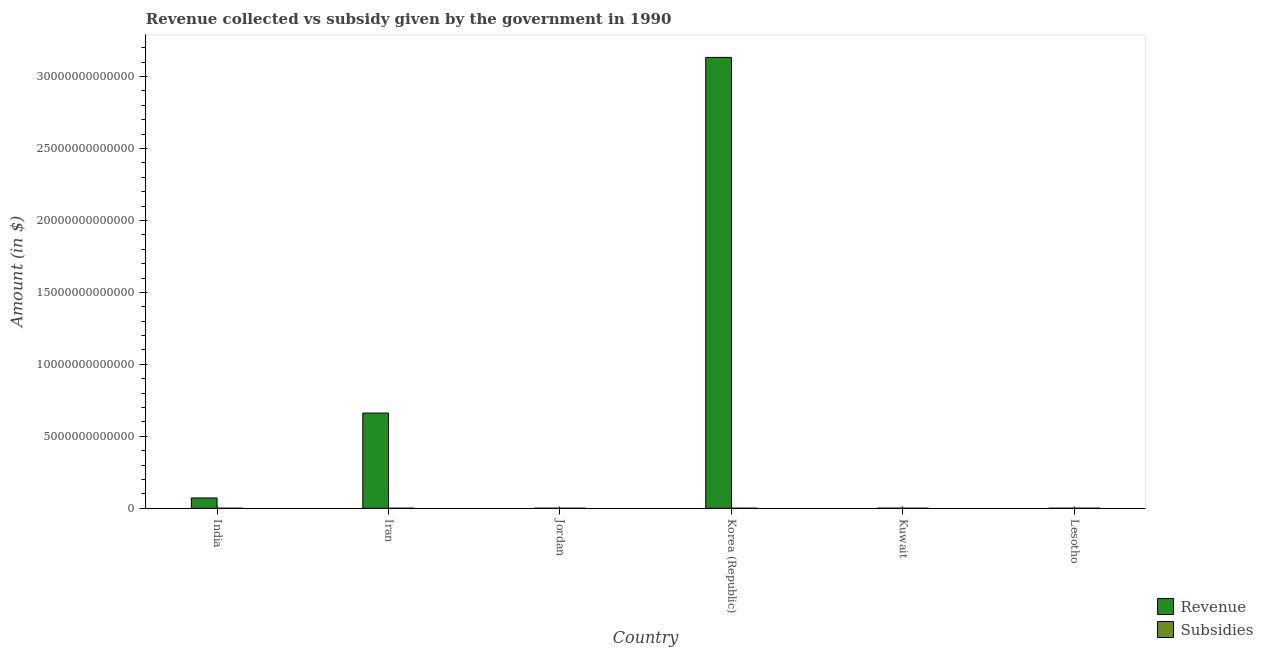
| Country | Revenue | Subsidies |
 | --- | --- | --- |
 | India | 7.16e+11 | 1.81e+08 |
 | Iran | 6.62e+12 | 1.29e+07 |
 | Jordan | 6.98e+08 | 8.38e+07 |
 | Korea (Republic) | 3.13e+13 | 3.3e+08 |
 | Kuwait | 3.12e+09 | 1.88e+08 |
 | Lesotho | 6.28e+08 | 3.07e+08 |